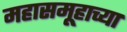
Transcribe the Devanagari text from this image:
महासमूहाच्या